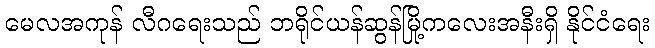
မေလအကုန် လီဂရေးသည် ဘရိုင်ယန်ဆွန်မြို့ကလေးအနီးရှိ နိုင်ငံရေး